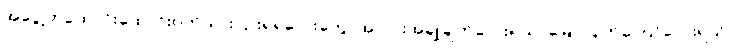
အငွေ့တထောင်းထောင်းဝက်သားပြားရဲရဲလေးတွေ၊ အာလူးအချိုချက်လေးရယ်၊ မြေပဲပြုတ်ကြော်လေးရယ်၊